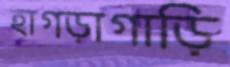
হাগড়াগাড়ি